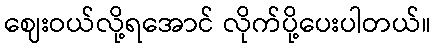
ဈေးဝယ်လို့ရအောင် လိုက်ပို့ပေးပါတယ်။